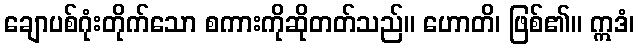
ချောပစ်ဂုံးတိုက်သော စကားကိုဆိုတတ်သည်။ ဟောတိ၊ ဖြစ်၏။ ဣဒံ၊